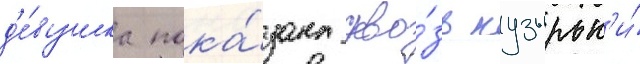
д'е́вушка пока́зана скво́зь пузырьк'и́